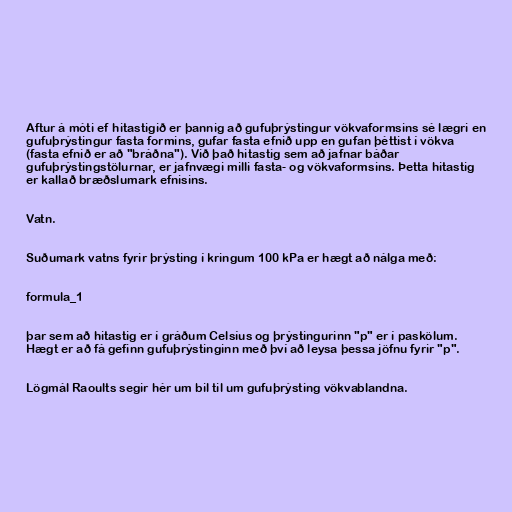
Aftur á móti ef hitastigið er þannig að gufuþrýstingur vökvaformsins sé lægri en
gufuþrýstingur fasta formins, gufar fasta efnið upp en gufan þéttist í vökva
(fasta efnið er að "bráðna"). Við það hitastig sem að jafnar báðar
gufuþrýstingstölurnar, er jafnvægi milli fasta- og vökvaformsins. Þetta hitastig
er kallað bræðslumark efnisins.

Vatn.

Suðumark vatns fyrir þrýsting í kringum 100 kPa er hægt að nálga með:

formula_1

þar sem að hitastig er í gráðum Celsíus og þrýstingurinn "p" er í paskölum.
Hægt er að fá gefinn gufuþrýstinginn með því að leysa þessa jöfnu fyrir "p".

Lögmál Raoults segir hér um bil til um gufuþrýsting vökvablandna.